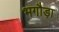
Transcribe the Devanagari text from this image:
भगौड़ा